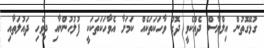
ގުޅޭގޮތުން އިލްޔާސް ދެއްކެވީ ދޮގު ވާހަކަތަކެއް ކަމަށާ އެވާހަކަތަކަކީ ފުލުހުންނާއި ދިވެހި ދައުލަތާއި